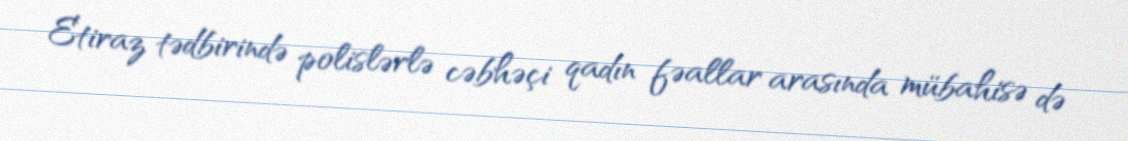
Etiraz tədbirində polislərlə cəbhəçi qadın fəallar arasında mübahisə də